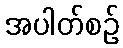
အပါတ်စဉ်